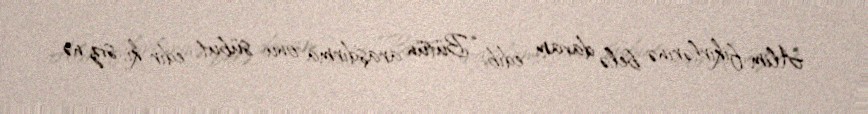
Alim fikirlərinə belə davam edib: “Bütün araşdırma onu sübut edir ki, siz nə